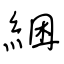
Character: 綑